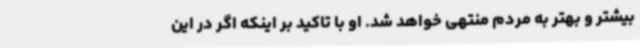
بیشتر و بهتر به مردم منتهی خواهد شد. او با تاکید بر اینکه اگر در این